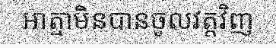
អាត្មាមិនបានចូលវត្តវិញ